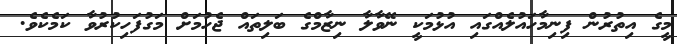
މީގެ އިތުރުން ފިނިމާހައުލެއްގައި އުޅުމަކީ ނޭވާލާ ނިޒާމްގެ ބަލިތައް ޖެހުމަށް މަގުފަހިކުރުވާ ކަމެކެވެ.